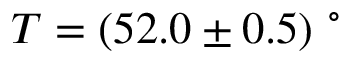
T = ( 5 2 . 0 \pm 0 . 5 ) \ ^ { \circ }